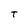
Character: T